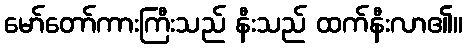
မော်တော်ကားကြီးသည် နီးသည် ထက်နီးလာ၏။